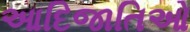
આદિજાતિઓ